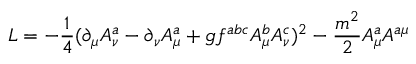
{ \cal L } = - \frac { 1 } { 4 } ( \partial _ { \mu } A _ { \nu } ^ { a } - \partial _ { \nu } A _ { \mu } ^ { a } + g f ^ { a b c } A _ { \mu } ^ { b } A _ { \nu } ^ { c } ) ^ { 2 } - \frac { m ^ { 2 } } { 2 } A _ { \mu } ^ { a } A ^ { a \mu }